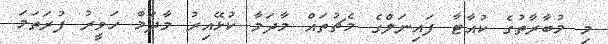
މި މުބާރާތުގެ ކުއާޓާ ފައިނަލްގެ މެޗުތައް މާދަމާ ކުޅޭއިރު މާދަމާ ހަވީރު ފުރަތަމަ